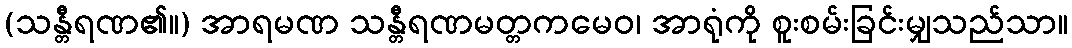
(သန္တီရဏ၏။) အာရမဏ သန္တီရဏမတ္တကမေဝ၊ အာရုံကို စူးစမ်းခြင်းမျှသည်သာ။